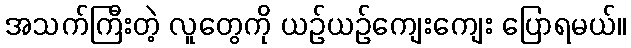
အသက်ကြီးတဲ့ လူတွေကို ယဉ်ယဉ်ကျေးကျေး ပြောရမယ်။